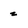
Character: z